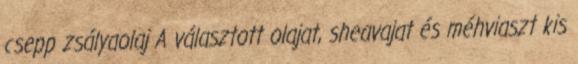
csepp zsályaolaj A választott olajat, sheavajat és méhviaszt kis